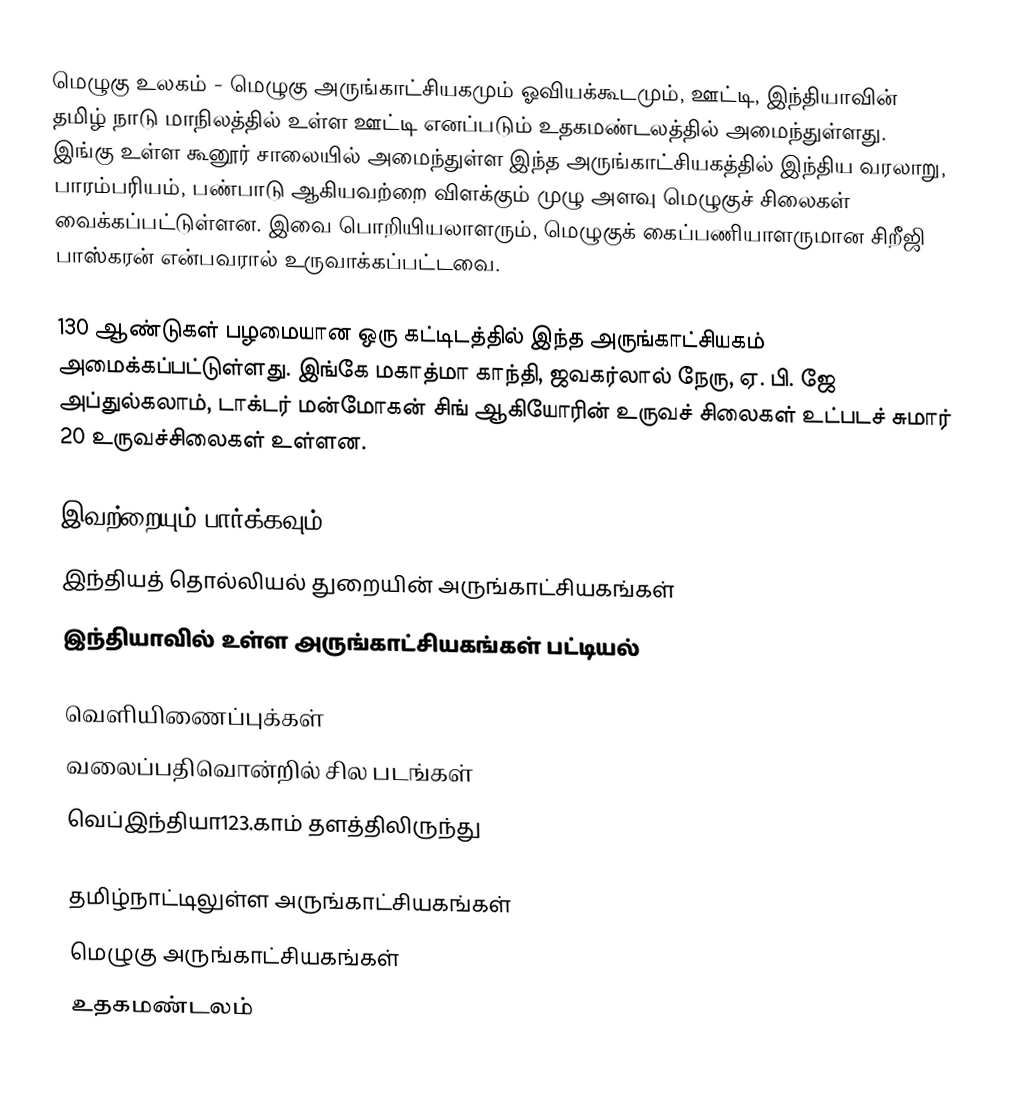
மெழுகு உலகம் - மெழுகு அருங்காட்சியகமும் ஓவியக்கூடமும், ஊட்டி, இந்தியாவின் தமிழ் நாடு மாநிலத்தில் உள்ள ஊட்டி எனப்படும் உதகமண்டலத்தில் அமைந்துள்ளது. இங்கு உள்ள கூனூர் சாலையில் அமைந்துள்ள இந்த அருங்காட்சியகத்தில் இந்திய வரலாறு, பாரம்பரியம், பண்பாடு ஆகியவற்றை விளக்கும் முழு அளவு மெழுகுச் சிலைகள் வைக்கப்பட்டுள்ளன. இவை பொறியியலாளரும், மெழுகுக் கைப்பணியாளருமான சிறீஜி பாஸ்கரன் என்பவரால் உருவாக்கப்பட்டவை.

130 ஆண்டுகள் பழமையான ஒரு கட்டிடத்தில் இந்த அருங்காட்சியகம் அமைக்கப்பட்டுள்ளது. இங்கே மகாத்மா காந்தி, ஜவகர்லால் நேரு, ஏ. பி. ஜே அப்துல்கலாம், டாக்டர் மன்மோகன் சிங் ஆகியோரின் உருவச் சிலைகள் உட்படச் சுமார் 20 உருவச்சிலைகள் உள்ளன.

இவற்றையும் பார்க்கவும்
 இந்தியத் தொல்லியல் துறையின் அருங்காட்சியகங்கள்
 இந்தியாவில் உள்ள அருங்காட்சியகங்கள் பட்டியல்

வெளியிணைப்புக்கள்
 வலைப்பதிவொன்றில் சில படங்கள்
 வெப்இந்தியா123.காம் தளத்திலிருந்து

தமிழ்நாட்டிலுள்ள அருங்காட்சியகங்கள்
மெழுகு அருங்காட்சியகங்கள்
உதகமண்டலம்